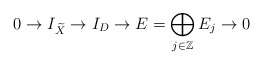
\begin{align*}0 \rightarrow I_{\widetilde{X}} \rightarrow I_{D} \rightarrow E =\bigoplus_{j \in \mathbb{Z}} E_j \rightarrow 0\end{align*}